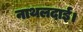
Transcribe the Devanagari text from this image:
नाथलदाई।